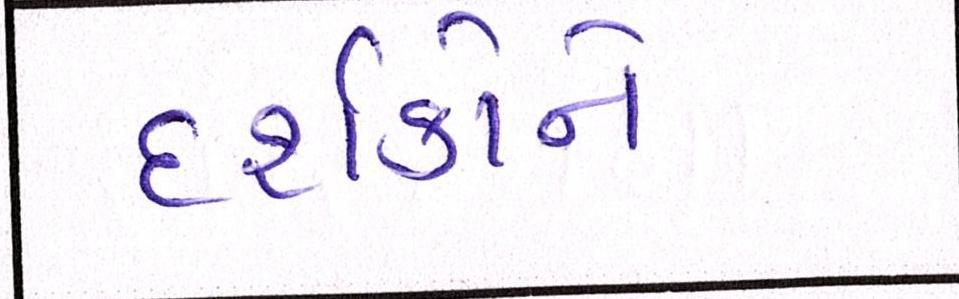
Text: દર્શકોને